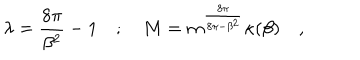
\lambda = \frac { 8 \pi } { \beta ^ { 2 } } - 1 \quad ; \quad M = m ^ { \frac { 8 \pi } { 8 \pi - \beta ^ { 2 } } } \kappa ( \beta ) \quad ,